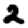
Digit: 2